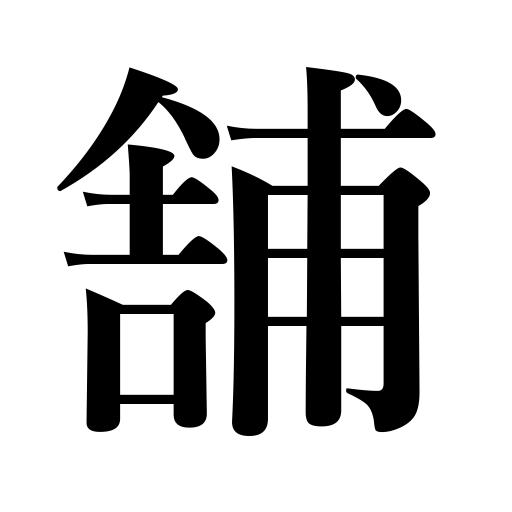
Meanings: shop,store